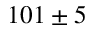
1 0 1 \pm 5